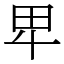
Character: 𤰞